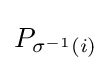
P_{\sigma ^{-1}(i)}